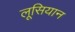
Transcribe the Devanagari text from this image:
लूसियान